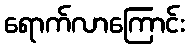
ရောက်လာကြောင်း